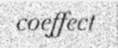
coeffect